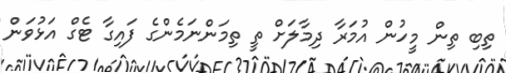
ތިބި ތިން މީހުން އުމަރާ ދިމާލަށް ތީ ތިމަންނަމެންގެ ފައިގާ ޓެގް އަޅުވަން